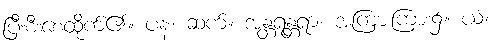
ပြီးစီးစေထိုက်၏။ ပန၊ ဆက်။ အန္တရန္တရာ၊ အကြားကြား၌။ ယံ၊